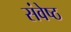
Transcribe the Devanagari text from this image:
संवेष्ठ